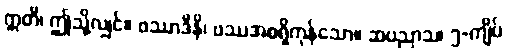
ဣတိ၊ ဤသို့လျှင်။ ဖဿာဒီနိ၊ ဖဿအစရှိကုန်သော။ ဆပညာသ၊ ၅-ကျိပ်